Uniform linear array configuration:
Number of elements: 4
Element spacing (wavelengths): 0.5
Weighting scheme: cosine
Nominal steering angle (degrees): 0
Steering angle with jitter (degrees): -0.4978
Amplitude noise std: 0.05
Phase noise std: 0.05

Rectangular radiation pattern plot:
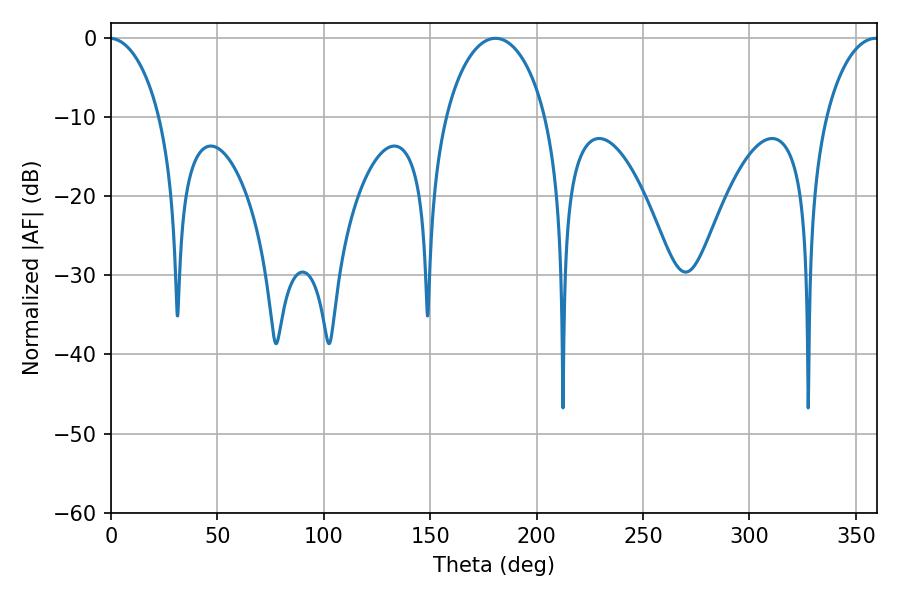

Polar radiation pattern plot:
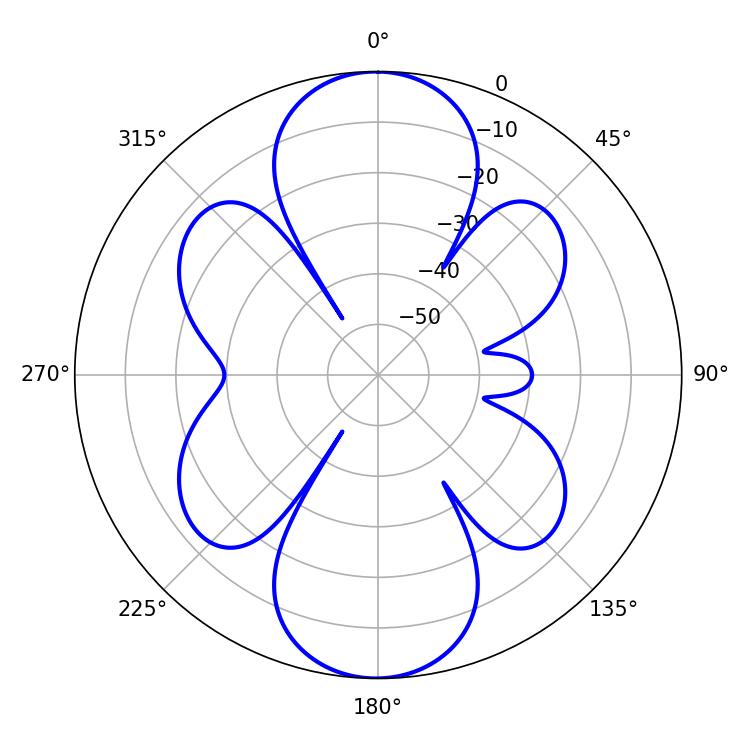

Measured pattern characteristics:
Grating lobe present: FALSE
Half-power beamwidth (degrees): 27.18
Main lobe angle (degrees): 180.72